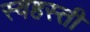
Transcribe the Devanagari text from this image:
स्वहस्ती